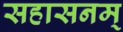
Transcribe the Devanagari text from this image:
सहासनम्